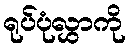
ရုပ်ပုံလွှာကို